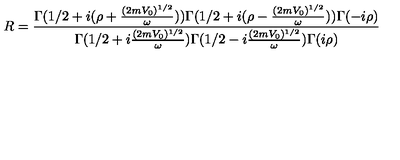
R = \frac { \Gamma ( 1 / 2 + i ( \rho + \frac { ( 2 m V _ { 0 } ) ^ { 1 / 2 } } { \omega } ) ) \Gamma ( 1 / 2 + i ( \rho - \frac { ( 2 m V _ { 0 } ) ^ { 1 / 2 } } { \omega } ) ) \Gamma ( - i \rho ) } { \Gamma ( 1 / 2 + i \frac { ( 2 m V _ { 0 } ) ^ { 1 / 2 } } { \omega } ) \Gamma ( 1 / 2 - i \frac { ( 2 m V _ { 0 } ) ^ { 1 / 2 } } { \omega } ) \Gamma ( i \rho ) }